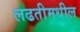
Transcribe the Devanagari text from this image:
लढतीमधील